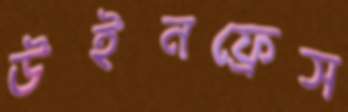
উইনফ্রেস